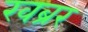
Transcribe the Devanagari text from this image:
खब्रर